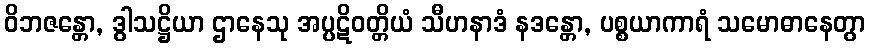
ဝိဘဇန္တော, ဒွါသဋ္ဌိယာ ဌာနေသု အပ္ပဋိဝတ္တိယံ သီဟနာဒံ နဒန္တော, ပစ္စယာကာရံ သမောဓာနေတွာ